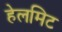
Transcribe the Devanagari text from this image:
हेलमिट